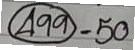
(499) = 50